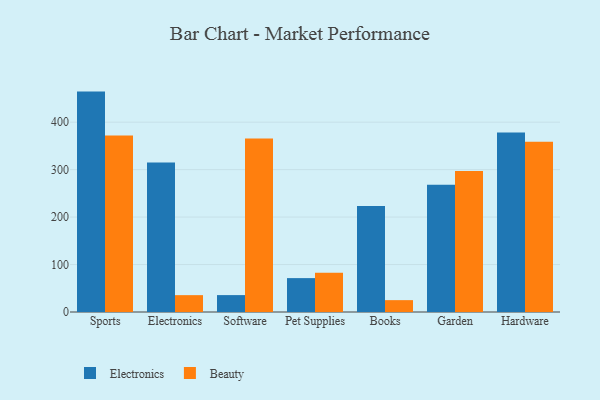
{"axis": {"x": "Category", "y": "Market Share (%)"}, "legend": ["Beauty", "Electronics"], "data": [{"x": "Sports", "y": 464.4, "type": "Electronics"}, {"x": "Sports", "y": 371.7, "type": "Beauty"}, {"x": "Electronics", "y": 314.9, "type": "Electronics"}, {"x": "Electronics", "y": 35.5, "type": "Beauty"}, {"x": "Software", "y": 35.6, "type": "Electronics"}, {"x": "Software", "y": 365.4, "type": "Beauty"}, {"x": "Pet Supplies", "y": 71.4, "type": "Electronics"}, {"x": "Pet Supplies", "y": 82.9, "type": "Beauty"}, {"x": "Books", "y": 223.3, "type": "Electronics"}, {"x": "Books", "y": 25.0, "type": "Beauty"}, {"x": "Garden", "y": 268.3, "type": "Electronics"}, {"x": "Garden", "y": 297.1, "type": "Beauty"}, {"x": "Hardware", "y": 378.0, "type": "Electronics"}, {"x": "Hardware", "y": 358.9, "type": "Beauty"}]}